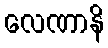
လေဏာနိ